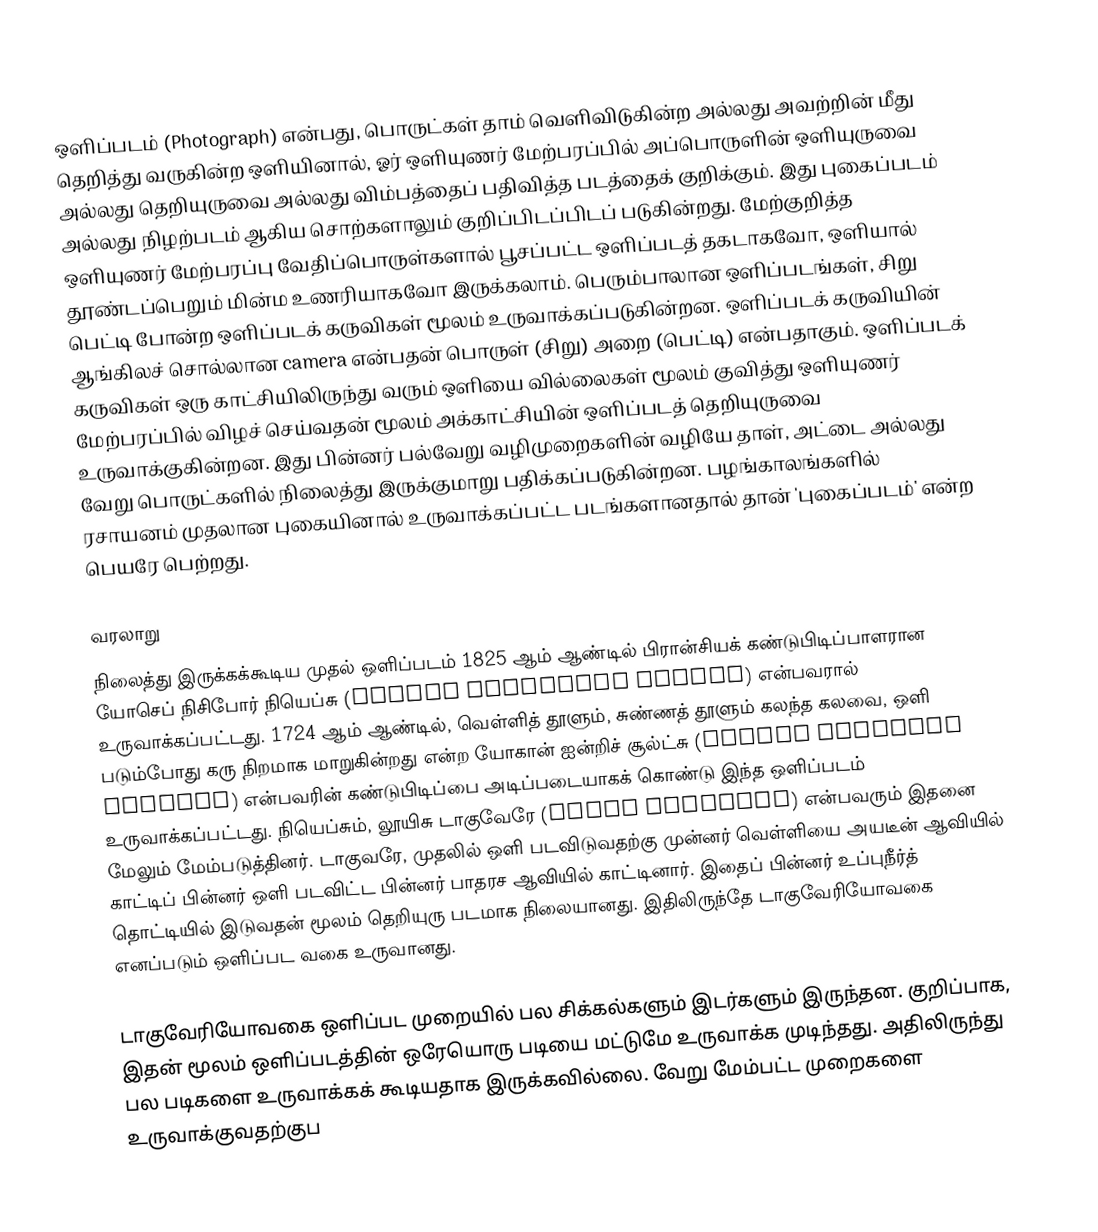
ஒளிப்படம் (Photograph) என்பது, பொருட்கள் தாம் வெளிவிடுகின்ற அல்லது அவற்றின் மீது தெறித்து வருகின்ற ஒளியினால், ஓர் ஒளியுணர் மேற்பரப்பில் அப்பொருளின் ஒளியுருவை அல்லது தெறியுருவை அல்லது விம்பத்தைப் பதிவித்த படத்தைக் குறிக்கும். இது புகைப்படம் அல்லது நிழற்படம் ஆகிய சொற்களாலும் குறிப்பிடப்பிடப் படுகின்றது. மேற்குறித்த ஒளியுணர் மேற்பரப்பு வேதிப்பொருள்களால் பூசப்பட்ட ஒளிப்படத் தகடாகவோ, ஒளியால் தூண்டப்பெறும் மின்ம உணரியாகவோ இருக்கலாம். பெரும்பாலான ஒளிப்படங்கள், சிறு பெட்டி போன்ற ஒளிப்படக் கருவிகள் மூலம் உருவாக்கப்படுகின்றன. ஒளிப்படக் கருவியின் ஆங்கிலச் சொல்லான camera என்பதன் பொருள் (சிறு) அறை (பெட்டி) என்பதாகும். ஒளிப்படக் கருவிகள் ஒரு காட்சியிலிருந்து வரும் ஒளியை வில்லைகள் மூலம் குவித்து ஒளியுணர் மேற்பரப்பில் விழச் செய்வதன் மூலம் அக்காட்சியின் ஒளிப்படத் தெறியுருவை உருவாக்குகின்றன. இது பின்னர் பல்வேறு வழிமுறைகளின் வழியே தாள், அட்டை அல்லது வேறு பொருட்களில் நிலைத்து இருக்குமாறு பதிக்கப்படுகின்றன.  பழங்காலங்களில் ரசாயனம் முதலான புகையினால் உருவாக்கப்பட்ட படங்களானதால் தான் 'புகைப்படம்' என்ற பெயரே பெற்றது.

வரலாறு
நிலைத்து இருக்கக்கூடிய முதல் ஒளிப்படம் 1825 ஆம் ஆண்டில் பிரான்சியக் கண்டுபிடிப்பாளரான யோசெப் நிசிபோர் நியெப்சு (Joseph Nicéphore Niépce) என்பவரால் உருவாக்கப்பட்டது. 1724 ஆம் ஆண்டில், வெள்ளித் தூளும், சுண்ணத் தூளும் கலந்த கலவை, ஒளி படும்போது கரு நிறமாக மாறுகின்றது என்ற யோகான் ஐன்றிச் சூல்ட்சு (Johann Heinrich Schultz) என்பவரின் கண்டுபிடிப்பை அடிப்படையாகக் கொண்டு இந்த ஒளிப்படம் உருவாக்கப்பட்டது. நியெப்சும், லூயிசு டாகுவேரே (Louis Daguerre) என்பவரும் இதனை மேலும் மேம்படுத்தினர். டாகுவரே, முதலில் ஒளி படவிடுவதற்கு முன்னர் வெள்ளியை அயடீன் ஆவியில் காட்டிப் பின்னர் ஒளி படவிட்ட பின்னர் பாதரச ஆவியில் காட்டினார். இதைப் பின்னர் உப்புநீர்த் தொட்டியில் இடுவதன் மூலம் தெறியுரு படமாக நிலையானது. இதிலிருந்தே டாகுவேரியோவகை எனப்படும் ஒளிப்பட வகை உருவானது.

டாகுவேரியோவகை ஒளிப்பட முறையில் பல சிக்கல்களும் இடர்களும் இருந்தன. குறிப்பாக, இதன் மூலம் ஒளிப்படத்தின் ஒரேயொரு படியை மட்டுமே உருவாக்க முடிந்தது. அதிலிருந்து பல படிகளை உருவாக்கக் கூடியதாக இருக்கவில்லை. வேறு மேம்பட்ட முறைகளை உருவாக்குவதற்குப